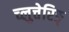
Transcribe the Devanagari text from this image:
च्लुत्तेरिङ्